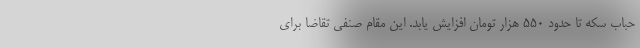
حباب سکه تا حدود ۵۵۰ هزار تومان افزایش یابد. این مقام صنفی تقاضا برای